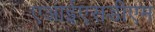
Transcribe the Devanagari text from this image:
एआईएसडीएम